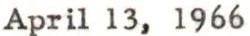
April 13, 1966